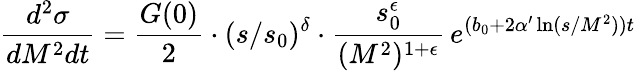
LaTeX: \frac{d^{2}\sigma}{dM^{2}dt}=\frac{G(0)}{2}\cdot(s/s_{0})^{\delta}\cdot\frac{s_{0}^{\epsilon}}{(M^{2})^{1+\epsilon}}\, e^{(b_{0}+2\alpha^{\prime}\ln(s/M^{2}))t}